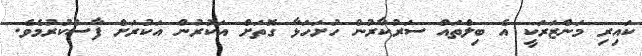
ކައިރި މަންޒަރަކީ އެ ބިލްތައް ސަރުކާރުން ހުށަހަޅާ ގޮތަށް އަކުރުން އަކުރަށް ފާސްކުރުމެވެ.